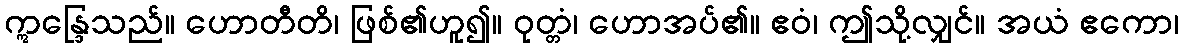
ဣန္ဒြေသည်။ ဟောတီတိ၊ ဖြစ်၏ဟူ၍။ ဝုတ္တံ၊ ဟောအပ်၏။ ဧဝံ၊ ဤသို့လျှင်။ အယံ ဧကော၊